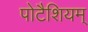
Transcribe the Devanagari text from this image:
पोटैशियम्‌